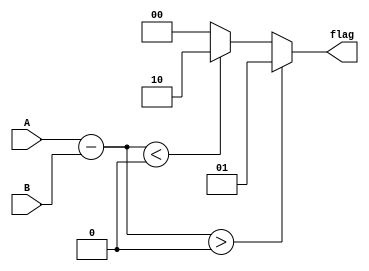
module unsigned_comparator (input [31:0] A, input [31:0] B, output [1:0] flag);

    wire [31:0] diff;
    reg [1:0] flag_temp;

    assign diff = A - B;

    always @(*) begin
        if (diff > 0)
            flag_temp = 2'b01; // A is greater than B
        else if (diff < 0)
            flag_temp = 2'b10; // A is less than B
        else
            flag_temp = 2'b00; // A is equal to B
    end

    assign flag = flag_temp;

endmodule